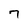
Character: 7